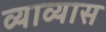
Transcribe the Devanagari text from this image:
व्याव्यास